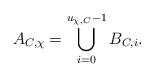
LaTeX: \begin{align*}A_{C,\chi}=\bigcup_{i=0}^{u_{\chi,C}-1}B_{C,i}. \end{align*}